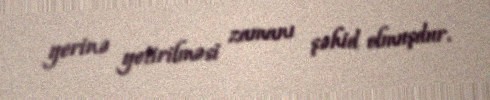
yerinə yetirilməsi zamanı şəhid olmuşdur.